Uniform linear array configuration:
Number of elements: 16
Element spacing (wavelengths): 0.25
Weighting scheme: binomial
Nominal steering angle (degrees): -30
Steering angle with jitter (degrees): -30.676
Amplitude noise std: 0.05
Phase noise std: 0.05

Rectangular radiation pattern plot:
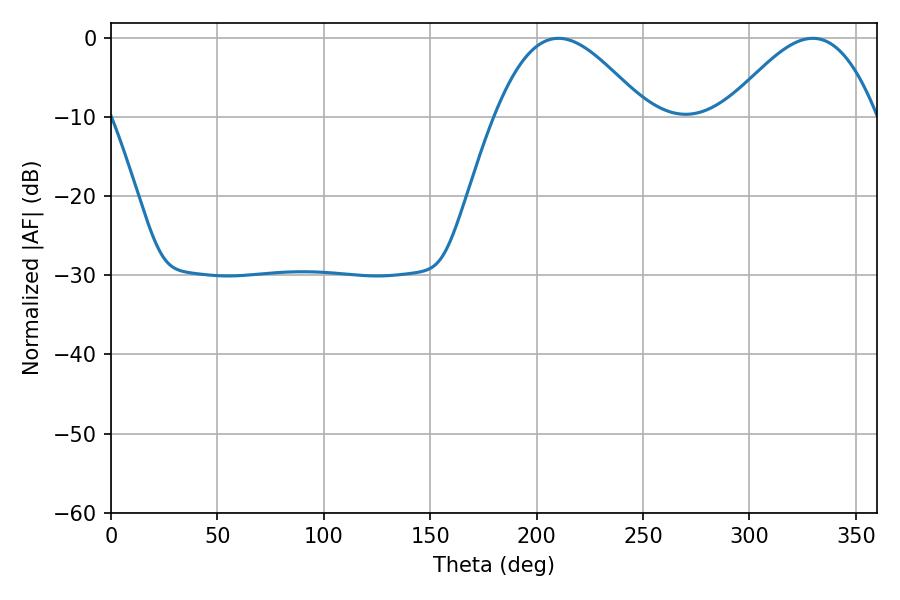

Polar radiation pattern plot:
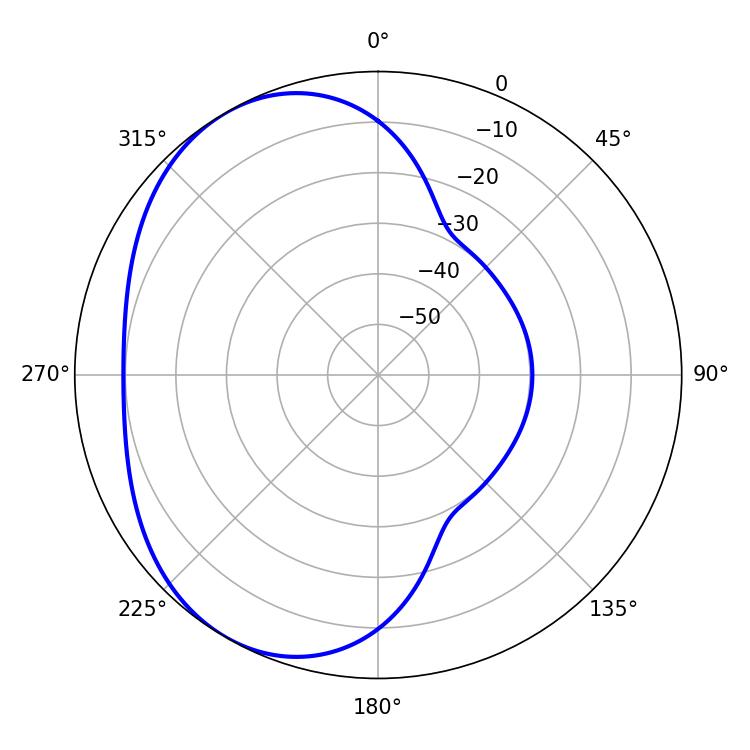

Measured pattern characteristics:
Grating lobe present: FALSE
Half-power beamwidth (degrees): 38.16
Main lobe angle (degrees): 210.24